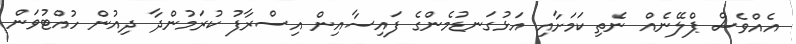
އެއްވެސް ޕްލޭނެއް ނެތި ކަމަށާއި އަޅުގަނޑުމެންގެ ފައިސާއިން އިސްރާފު ކުރަމުންދާ ދިއުން ހުއްޓުވަން